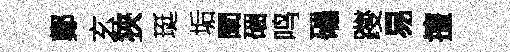
鄭玄狹珽垢闡硱鸣礧躞易擅